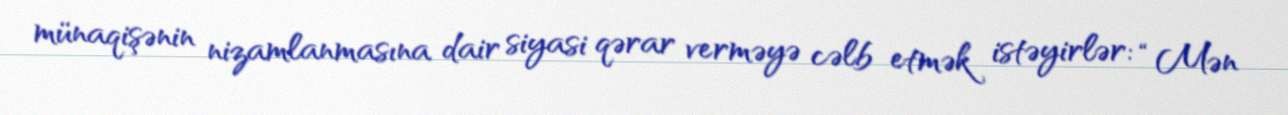
münaqişənin nizamlanmasına dair siyasi qərar verməyə cəlb etmək istəyirlər: “Mən